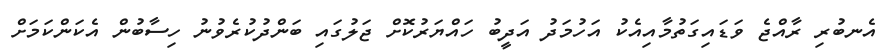
އެނބުރި ރާއްޖެ ވަޑައިގަތުމާއިއެކު އަހުމަދު އަދީބު ހައްޔަރުކޮށް ޖަލުގައި ބަންދުކުރެވުނު ހިސާބުން އެކަންކަމަށް